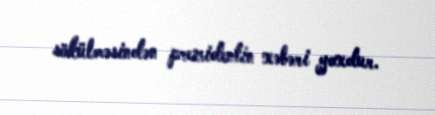
sökülməsindən prezidentin xəbəri yoxdur.